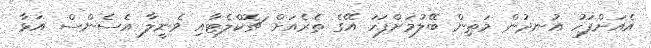
އެއަށްފަހު އުނދުން މަތިން ބޭލުމަށްފަހު އޭގެ ތެރެއަށް ޗޮކްލެޓާއި ވެނީލާ އެސެންސް އަޅާ